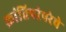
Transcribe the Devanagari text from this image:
क्रांतिपरंपरेचे